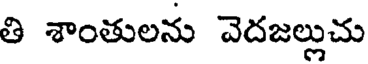
తి శాంతులను వెదజల్లుచు